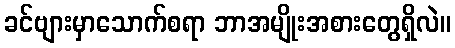
ခင်ဗျားမှာသောက်စရာ ဘာအမျိုးအစားတွေရှိလဲ။